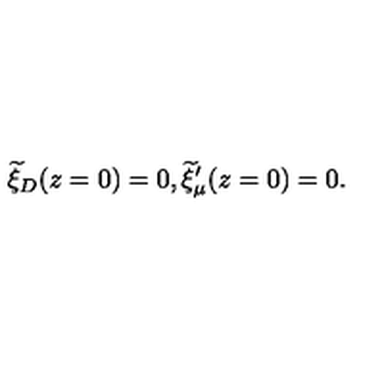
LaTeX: { \widetilde \xi } _ { D } ( z = 0 ) = 0 , { \widetilde \xi } _ { \mu } ^ { \prime } ( z = 0 ) = 0 .